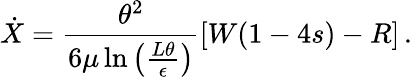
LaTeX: \dot{X}=\frac{\theta^{2}}{6\mu\ln\left(\frac{L\theta}{\epsilon}\right)}\left[W(1-4s)-R\right]\, .